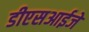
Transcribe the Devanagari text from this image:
डीएसआईजे